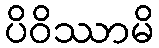
ပိဝိဿာမိ